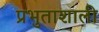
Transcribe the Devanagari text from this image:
प्रभुताशाली